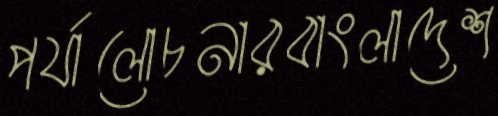
পর্যালোচনারবাংলাদেশ